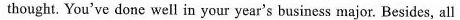
thought. You've done well in your year's business major. Besides, all